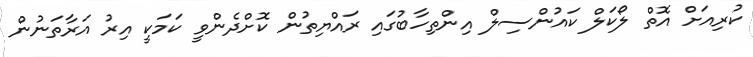
ކުރިއަށް އޮތް ލޯކަލް ކައުންސިލް އިންތިހާބުގައި ރައްޔިތުން ކޮށްދެންވީ ކަމަކީ އިރު އަރާތަނުން